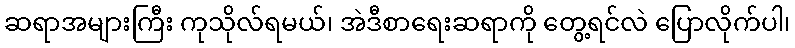
ဆရာအများကြီး ကုသိုလ်ရမယ်၊ အဲဒီစာရေးဆရာကို တွေ့ရင်လဲ ပြောလိုက်ပါ၊